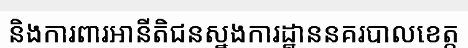
និងការពារអានីតិជនស្នងការដ្ឋាននគរបាលខេត្ត